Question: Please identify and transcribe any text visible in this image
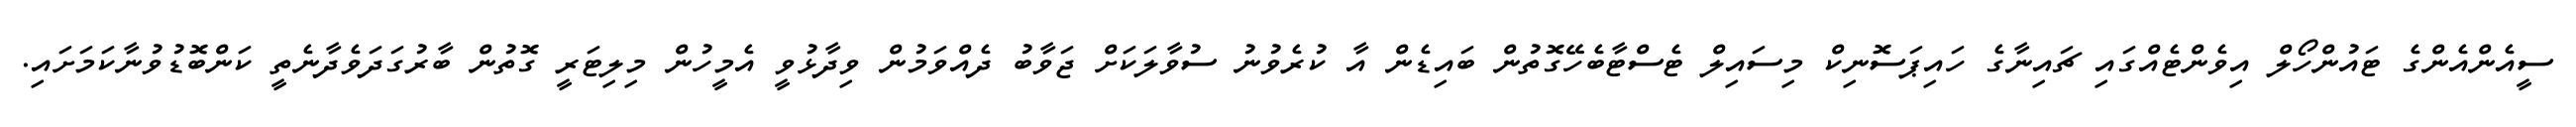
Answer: ސީއެންއެންގެ ޓައުންހޯލް އިވެންޓެއްގައި ޗައިނާގެ ހައިޕަސޮނިކް މިސައިލް ޓެސްޓާބެހޭގޮތުން ބައިޑެން އާ ކުރެވުނު ސުވާލަކަށް ޖަވާބު ދެއްވަމުން ވިދާޅުވީ އެމީހުން މިލިޓަރީ ގޮތުން ބާރުގަދަވެދާނެތީ ކަންބޮޑުވުނާކަމަށައި.